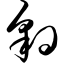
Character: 豹